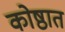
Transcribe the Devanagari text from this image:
कोष्ठात